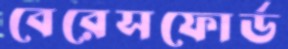
বেরেসফোর্ড